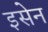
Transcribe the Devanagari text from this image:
इसेन